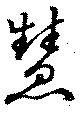
慧